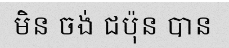
មិន ចង់ ជប៉ុន បាន